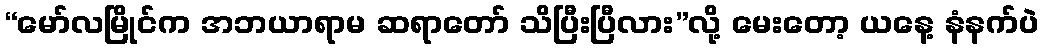
“မော်လမြိုင်က အဘယာရာမ ဆရာတော် သိပြီးပြီလား”လို့ မေးတော့ ယနေ့ နံနက်ပဲ